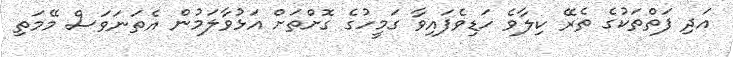
އަދި ފަތްތަކުގެ ތެރޭ ކިލާވެ ހަޑިވެފައިވާ ގަމީހުގެ ގޮށްތަށް އަޅުވާލަމުން އެތަނަވަސް މޭމަތި